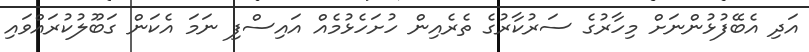
އަދި އެބޭފުޅުންނަށް މިހާރުގެ ސަރުކާރުގެ ތެރެއިން ހުށަހެޅުމެއް އައިސްފި ނަމަ އެކަން ގަބޫލުކުރައްވައި